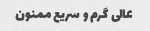
عالی گرم و سریع ممنون